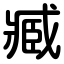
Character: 臧